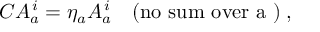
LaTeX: C A _ { a } ^ { \, i } = \eta _ { a } A _ { a } ^ { \, i } \quad \mathrm { ( n o ~ s u m ~ o v e r ~ a ~ ) } \: ,